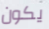
يكون